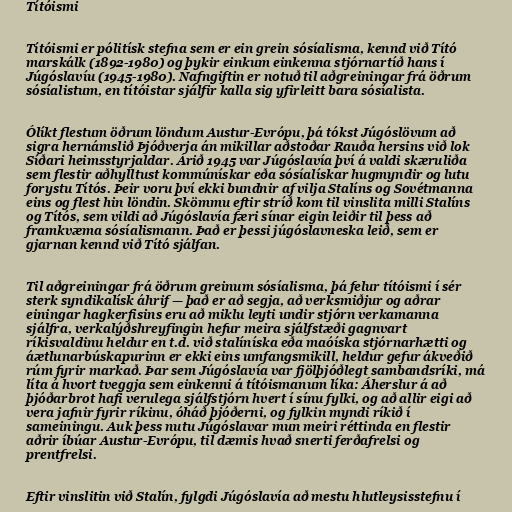
Títóismi

Títóismi er pólitísk stefna sem er ein grein sósíalisma, kennd við Tító
marskálk (1892-1980) og þykir einkum einkenna stjórnartíð hans í
Júgóslavíu (1945-1980). Nafngiftin er notuð til aðgreiningar frá öðrum
sósíalistum, en títóistar sjálfir kalla sig yfirleitt bara sósíalista.

Ólíkt flestum öðrum löndum Austur-Evrópu, þá tókst Júgóslövum að
sigra hernámslið Þjóðverja án mikillar aðstoðar Rauða hersins við lok
Síðari heimsstyrjaldar. Árið 1945 var Júgóslavía því á valdi skæruliða
sem flestir aðhylltust kommúnískar eða sósíalískar hugmyndir og lutu
forystu Títós. Þeir voru því ekki bundnir af vilja Stalíns og Sovétmanna
eins og flest hin löndin. Skömmu eftir stríð kom til vinslita milli Stalíns
og Títós, sem vildi að Júgóslavía færi sínar eigin leiðir til þess að
framkvæma sósíalismann. Það er þessi júgóslavneska leið, sem er
gjarnan kennd við Tító sjálfan.

Til aðgreiningar frá öðrum greinum sósíalisma, þá felur títóismi í sér
sterk syndikalísk áhrif — það er að segja, að verksmiðjur og aðrar
einingar hagkerfisins eru að miklu leyti undir stjórn verkamanna
sjálfra, verkalýðshreyfingin hefur meira sjálfstæði gagnvart
ríkisvaldinu heldur en t.d. við stalíníska eða maóíska stjórnarhætti og
áætlunarbúskapurinn er ekki eins umfangsmikill, heldur gefur ákveðið
rúm fyrir markað. Þar sem Júgóslavía var fjölþjóðlegt sambandsríki, má
líta á hvort tveggja sem einkenni á títóismanum líka: Áherslur á að
þjóðarbrot hafi verulega sjálfstjórn hvert í sínu fylki, og að allir eigi að
vera jafnir fyrir ríkinu, óháð þjóðerni, og fylkin myndi ríkið í
sameiningu. Auk þess nutu Júgóslavar mun meiri réttinda en flestir
aðrir íbúar Austur-Evrópu, til dæmis hvað snerti ferðafrelsi og
prentfrelsi.

Eftir vinslitin við Stalín, fylgdi Júgóslavía að mestu hlutleysisstefnu í